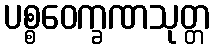
ပစ္စဝေက္ခဏသုတ္တ